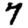
Digit: 7